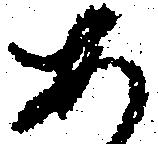
あ